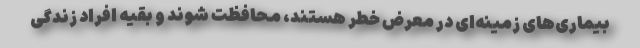
بیماری‌های زمینه‌ای در معرض خطر هستند، محافظت شوند و بقیه افراد زندگی